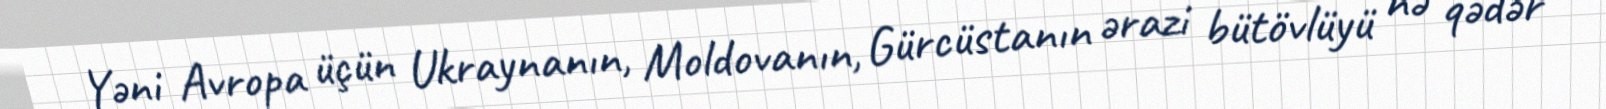
Yəni Avropa üçün Ukraynanın, Moldovanın, Gürcüstanın ərazi bütövlüyü nə qədər